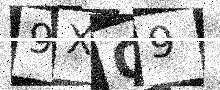
Text: 9XQ9